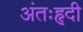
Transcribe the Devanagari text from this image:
अंतःहृदी